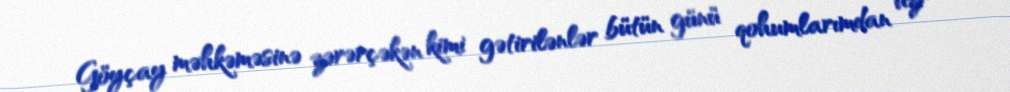
Göyçay məhkəməsinə zərərçəkən kimi gətirilənlər bütün günü qohumlarımdan üzr